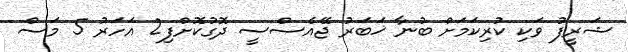
ޝަރީފު ވަކި ކުރިކަމަށް ބުނާ ޚަބަރު ޖޭއެސްސީ ދޮގުކޮށްފި2 އަހަރު 5 މަސް